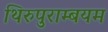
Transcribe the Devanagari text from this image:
थिरुपुराम्बयम